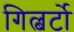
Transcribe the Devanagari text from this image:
गिल्बर्टो